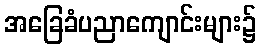
အခြေခံပညာကျောင်းများ၌